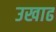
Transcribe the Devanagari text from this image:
उखाढ